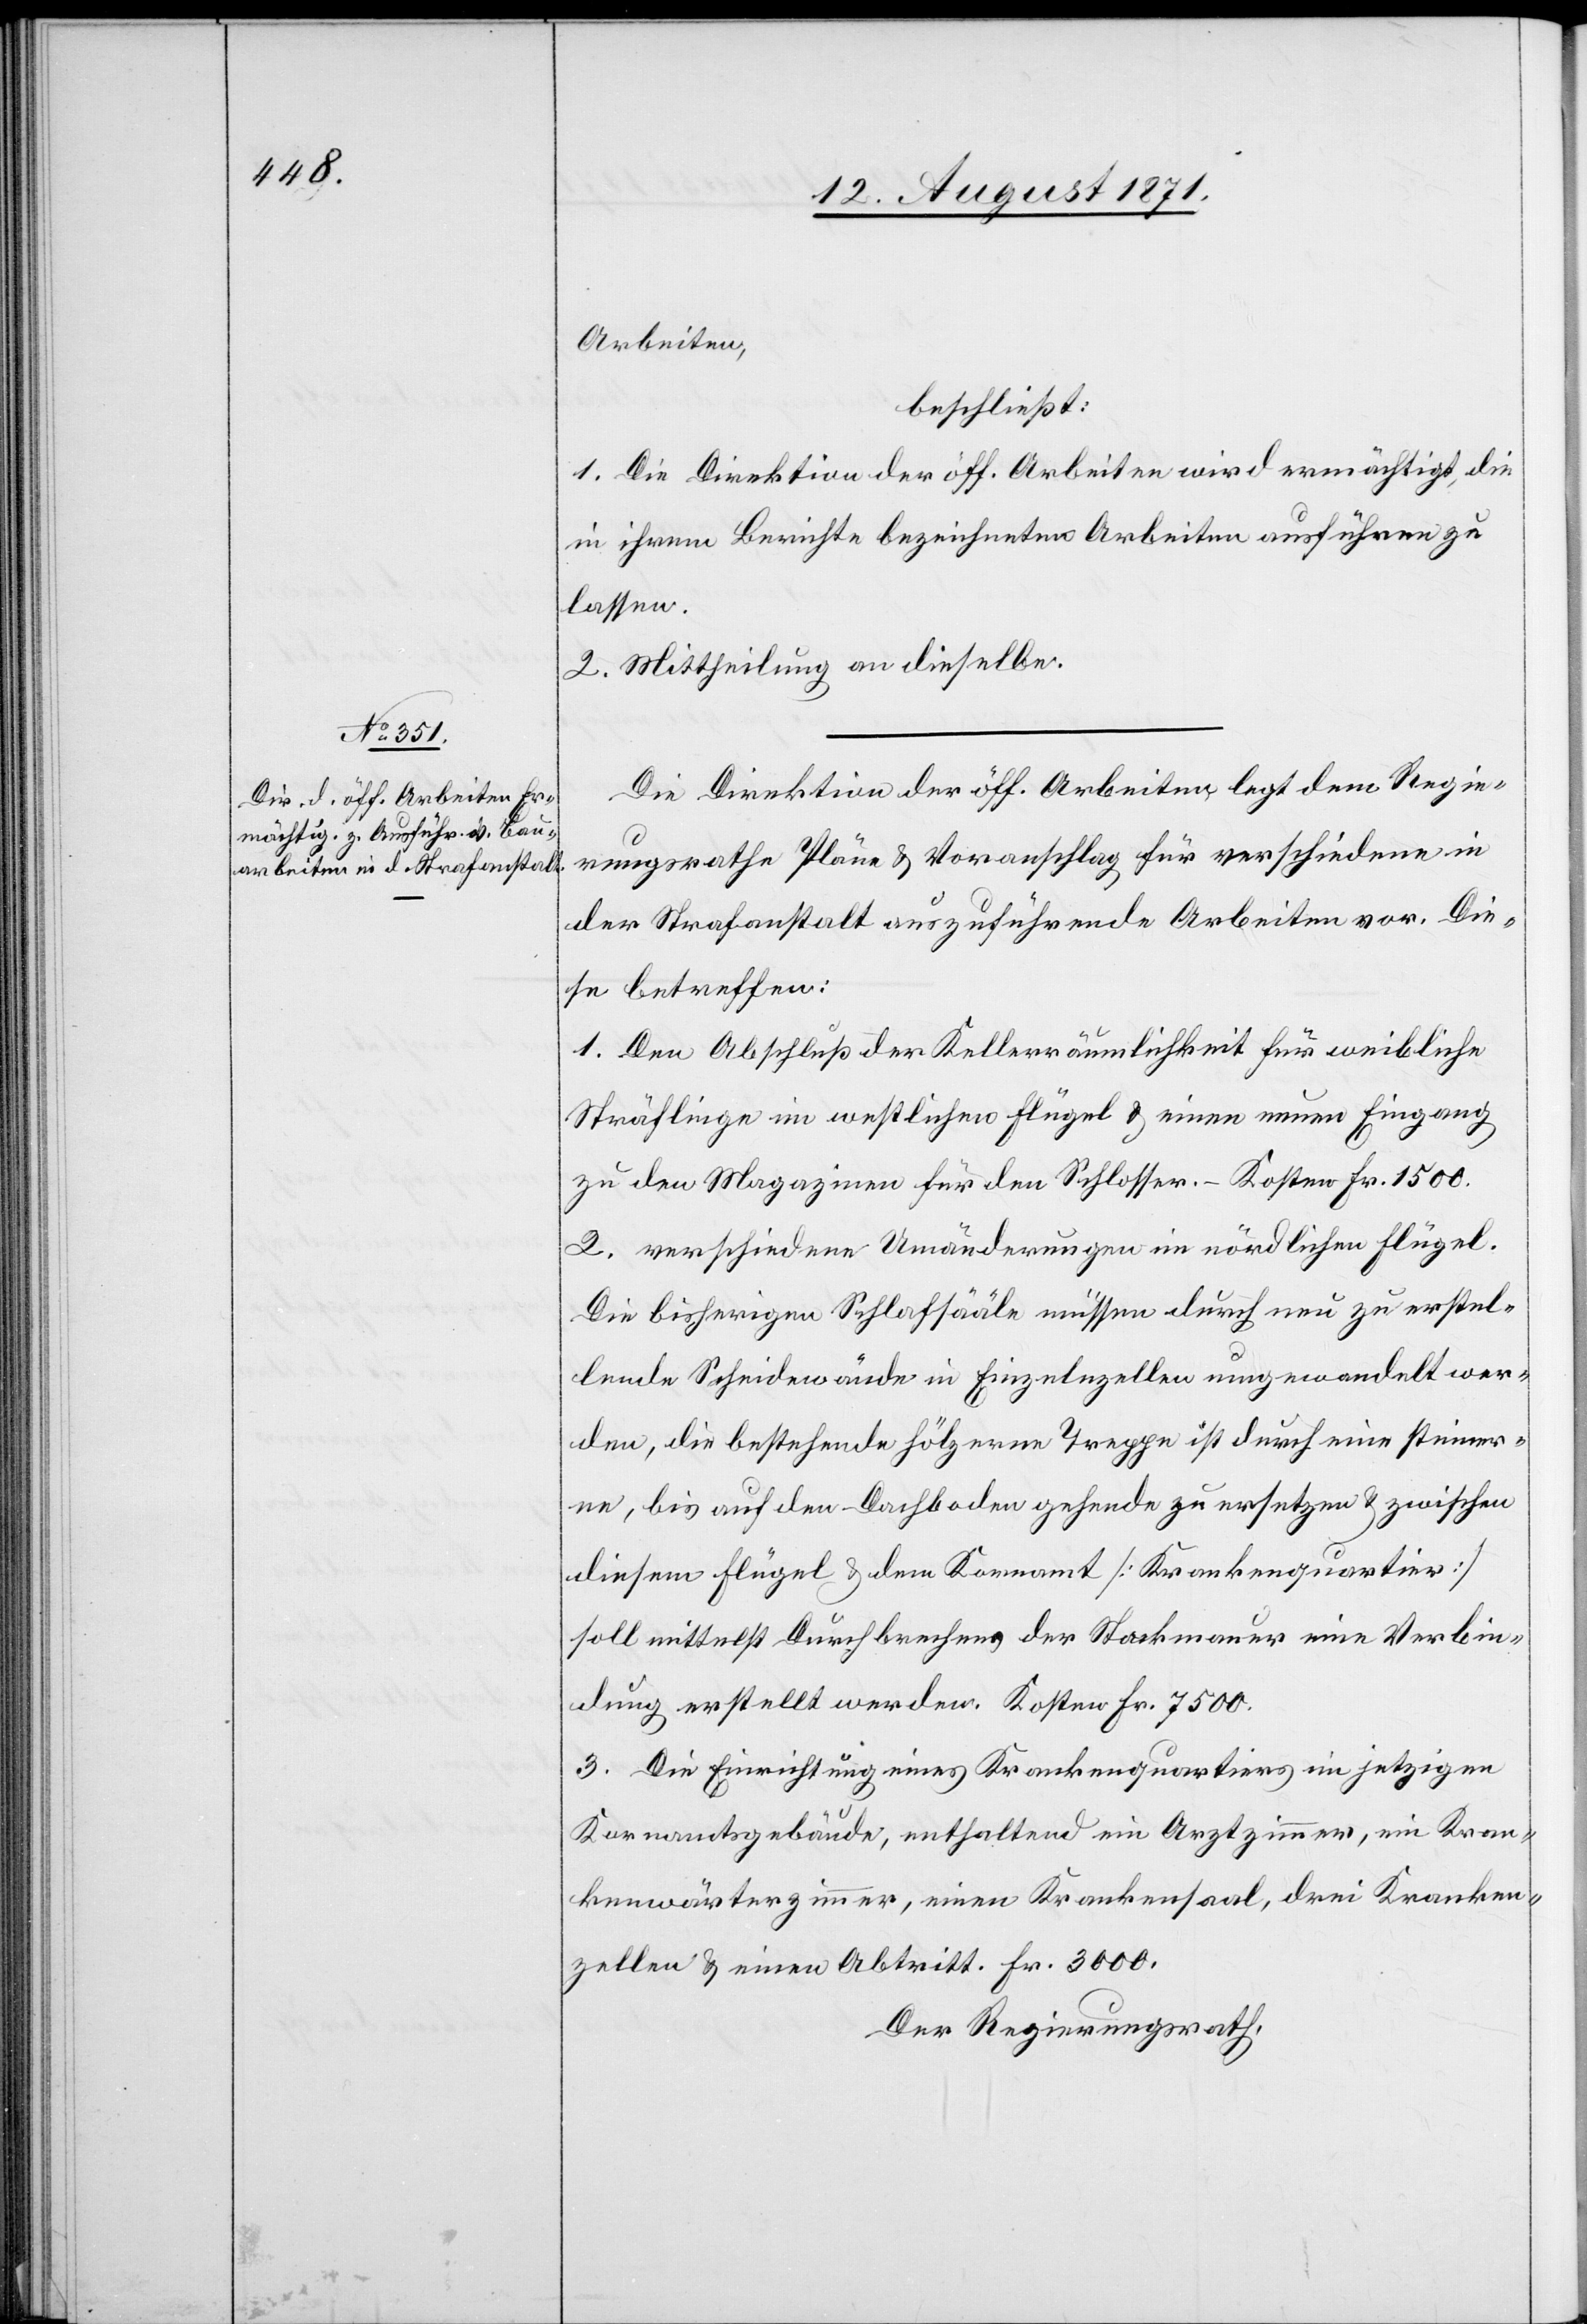
Arbeiten,
beschließt:
1. Die Direktion der öff. Arbeiten wird ermächtigt, die
in ihrem Berichte bezeichneten Arbeiten ausführen zu
lassen.
2. Mittheilung an dieselben.
Die Direktion der öff. Arbeiten legt dem Regie¬
runsrathe Pläne & Voranschlag für verschiedene in
der Strafanstalt auszuführende Arbeiten vor. Die¬
se betreffen:
1. Den Abschluß der Kellerräumlichkeit für weibliche
Sträflinge im westlichen Flügel & einen neuen Eingang
zu den Magazinen für den Schlosser. – Kosten Fr. 1500.
2. verschiedene Umänderungen im nördlichen Flügel.
Die bisherigen Schlafsääle müssen durch neu zu erstel¬
lende Scheidewände in Einzelnzellen umgewandelt wer¬
den, die bestehende hölzerne Treppe ist durch eine steiner¬
ne, bis auf den Dachboden gehende zu ersetzen & zwischen
diesem Flügel & dem Kornamt [Krankenquartier]
soll mittelst Durchbrechens der Starkmauer eine Verbin¬
dung erstellt werden. Kosten Fr. 7500.
3. Die Einrichtung eines Krankenquartiers im jetzigen
Kornamtsgebäude, enthaltend ein Arztzimmer, ein Kran¬
kenwärterzimmer, einen Krankensaal, drei Kranken¬
zellen & einen Abtritt. Fr. 3000.
Der Regierungsrath,